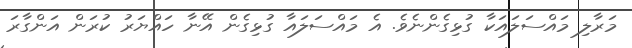
މަރާލި މައްސަލައަކާ ގުޅިގެންނެވެ. އެ މައްސަލައާ ގުޅިގެން އޭނާ ހައްޔަރު ކުރަން އަންގާރަ